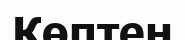
Көптен